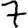
Digit: 7